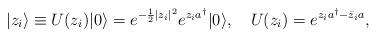
LaTeX: \begin{align*}|z_i\rangle\equiv U(z_i)|0\rangle=e^{-\frac12|z_i|^2}e^{z_ia^\dagger}|0\rangle, \quad U(z_i)=e^{z_i a^\dagger-\bar{z}_i a},\end{align*}